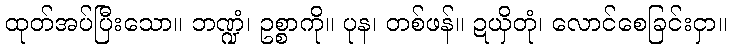
ထုတ်အပ်ပြီးသော။ ဘဏ္ဍံ၊ ဥစ္စာကို။ ပုန၊ တစ်ဖန်။ ဍယှိတုံ၊ လောင်စေခြင်းငှာ။